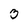
Character: 3